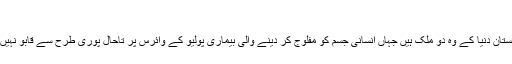
"
پاکستان اور افغانستان دنیا کے وہ دو ملک ہیں جہاں انسانی جسم کو مفلوج کر دینے والی بیماری پولیو کے وائرس پر تاحال پوری طرح سے قابو نہیں پایا جا سکا ہے۔